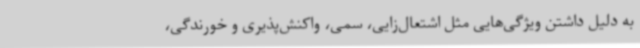
به دلیل داشتن ویژگی‌هایی مثل اشتعال‌زایی، سمی، واکنش‌پذیری و خورندگی،